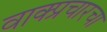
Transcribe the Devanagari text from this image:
वाक्प्रचारचा